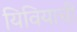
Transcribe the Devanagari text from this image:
यिवियाची